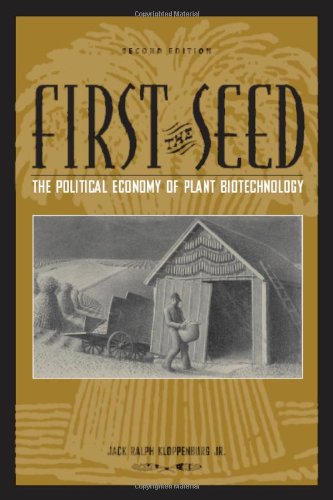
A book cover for First the Seed: The Political Economy of Plant Biotechnology (Science and Technology in Society); Jack Ralph Kloppenburg Jr.; Science & Math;